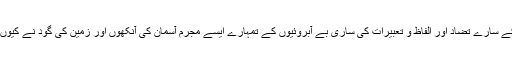
قول و فعل کے سارے تضاد اور الفاظ و تعبیرات کی ساری بے آبروئیوں کے تمہارے ایسے مجرم آسمان کی آنکھوں اور زمین کی گود نے کیوں دیکھا ہوگا؟